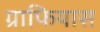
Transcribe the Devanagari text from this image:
ग्राफियास